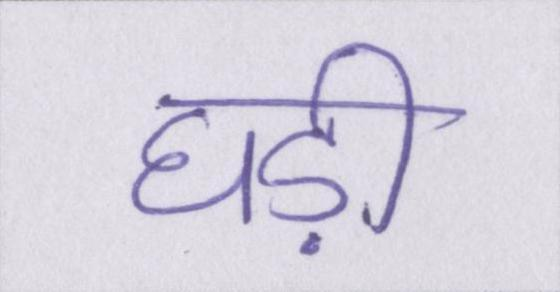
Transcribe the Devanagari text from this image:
घड़ी